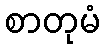
စာတုမံ